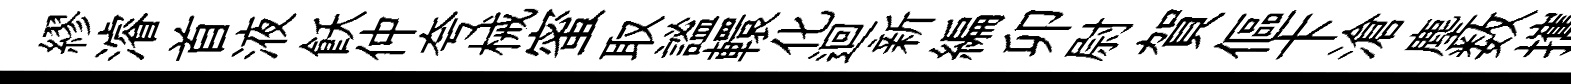
繆濬首液飫仲夸械蜜取謐轘化迴新編卯尉賀傴卞滄塵数攜